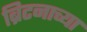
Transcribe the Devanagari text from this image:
ब्रिटनाच्या